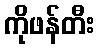
ကိုဖန်တီး